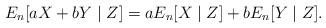
LaTeX: \begin{align*} E_n[aX+bY \mid Z] = aE_n[X \mid Z] + bE_n[Y \mid Z]. \end{align*}